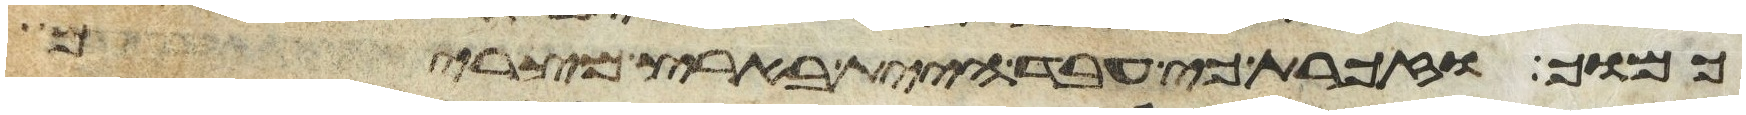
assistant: כמוך וזכרת כי עבד היית בארץ מצרים